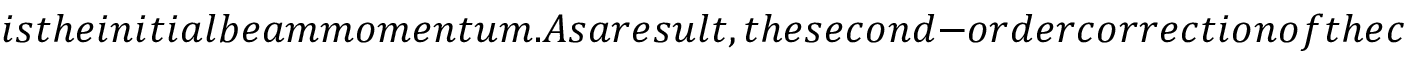
i s t h e i n i t i a l b e a m m o m e n t u m . A s a r e s u l t , t h e s e c o n d - o r d e r c o r r e c t i o n o f t h e c a l i b r a t i o n f u n c t i o n h a s a q u a d r a t i c d e p e n d e n c e o n t h e b u n c h i n g v o l t a g e . T h i s r e s u l t i s c o n s i s t e n t w i t h t h e s e c o n d - o r d e r l o n g i t u d i n a l t r a n s i t t i m e f a c t o r d e r i v e d i n R e f s . ~ f o r s l o w - m o v i n g i o n s (